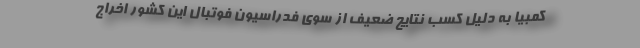
کمبیا به دلیل کسب نتایج ضعیف از سوی فدراسیون فوتبال این کشور اخراج